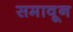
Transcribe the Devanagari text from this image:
समावून